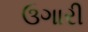
ઉગારી